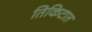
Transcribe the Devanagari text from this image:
तिकिटात